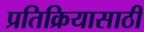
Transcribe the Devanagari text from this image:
प्रतिक्रियासाठी